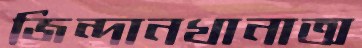
জিন্দানখানাঅ